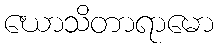
ဃောသိတာရာမော